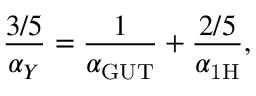
\frac { 3 / 5 } { \alpha _ { Y } } = \frac { 1 } { \alpha _ { \mathrm { G U T } } } + \frac { 2 / 5 } { \alpha _ { \mathrm { 1 H } } } ,